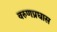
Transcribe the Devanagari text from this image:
वरुणप्रघास